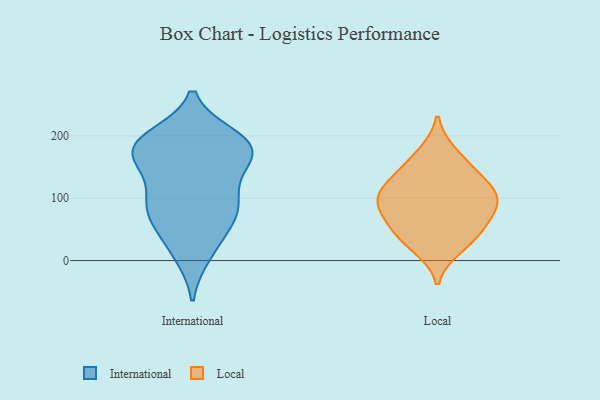
{"axis": {"x": "Customer Acquisition Cost (USD)", "y": "Value"}, "legend": ["International", "Local"], "data": [{"x": "", "y": 18, "type": "International"}, {"x": "", "y": 150, "type": "International"}, {"x": "", "y": 196, "type": "International"}, {"x": "", "y": 178, "type": "International"}, {"x": "", "y": 182, "type": "International"}, {"x": "", "y": 172, "type": "International"}, {"x": "", "y": 121, "type": "International"}, {"x": "", "y": 181, "type": "International"}, {"x": "", "y": 197, "type": "International"}, {"x": "", "y": 175, "type": "International"}, {"x": "", "y": 72, "type": "International"}, {"x": "", "y": 85, "type": "International"}, {"x": "", "y": 10, "type": "International"}, {"x": "", "y": 89, "type": "International"}, {"x": "", "y": 104, "type": "International"}, {"x": "", "y": 57, "type": "International"}, {"x": "", "y": 73, "type": "International"}, {"x": "", "y": 178, "type": "International"}, {"x": "", "y": 85, "type": "Local"}, {"x": "", "y": 66, "type": "Local"}, {"x": "", "y": 150, "type": "Local"}, {"x": "", "y": 119, "type": "Local"}, {"x": "", "y": 21, "type": "Local"}, {"x": "", "y": 127, "type": "Local"}, {"x": "", "y": 39, "type": "Local"}, {"x": "", "y": 172, "type": "Local"}, {"x": "", "y": 44, "type": "Local"}, {"x": "", "y": 95, "type": "Local"}, {"x": "", "y": 88, "type": "Local"}, {"x": "", "y": 107, "type": "Local"}]}